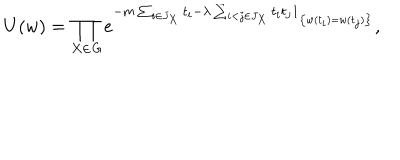
U ( w ) = \prod _ { X \in { \it G } } e ^ { - m \sum _ { i \in J _ { X } } t _ { i } - \lambda \sum _ { i < j \in J _ { X } } t _ { i } t _ { j } { \bf 1 } _ { \left\{ w ( t _ { i } ) = w ( t _ { j } ) \right\} } } ,